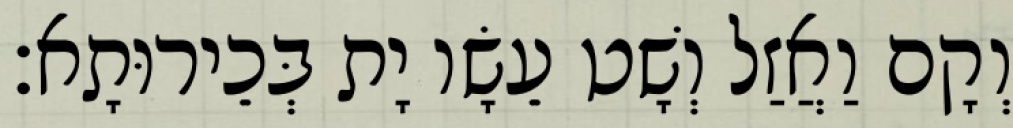
וְקָם וַאֲזַל וְשָׁט עֵשָׂו יָת בְּכֵירוּתָא׃